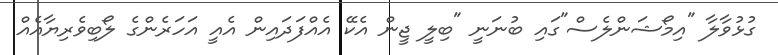
ގުޅުވާލާ "އިމޯޝަންލެސް"ގައި ބުނަނީ "ބިލީ ޖީން އެކޭ އެއްފަދައިން އެއީ އަހަރެންގެ ލޯބިވެރިޔާއެއް